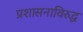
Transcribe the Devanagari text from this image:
प्रशासनाविरुद्ध